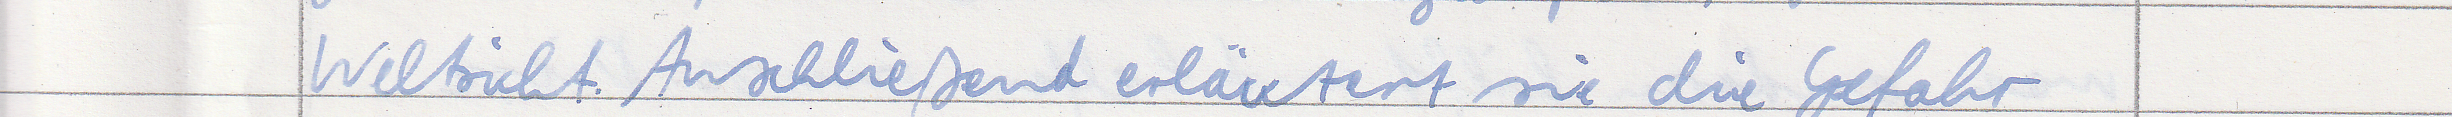
Weltsicht. Anschließend erläutert sie die Gefahr